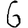
Digit: 6